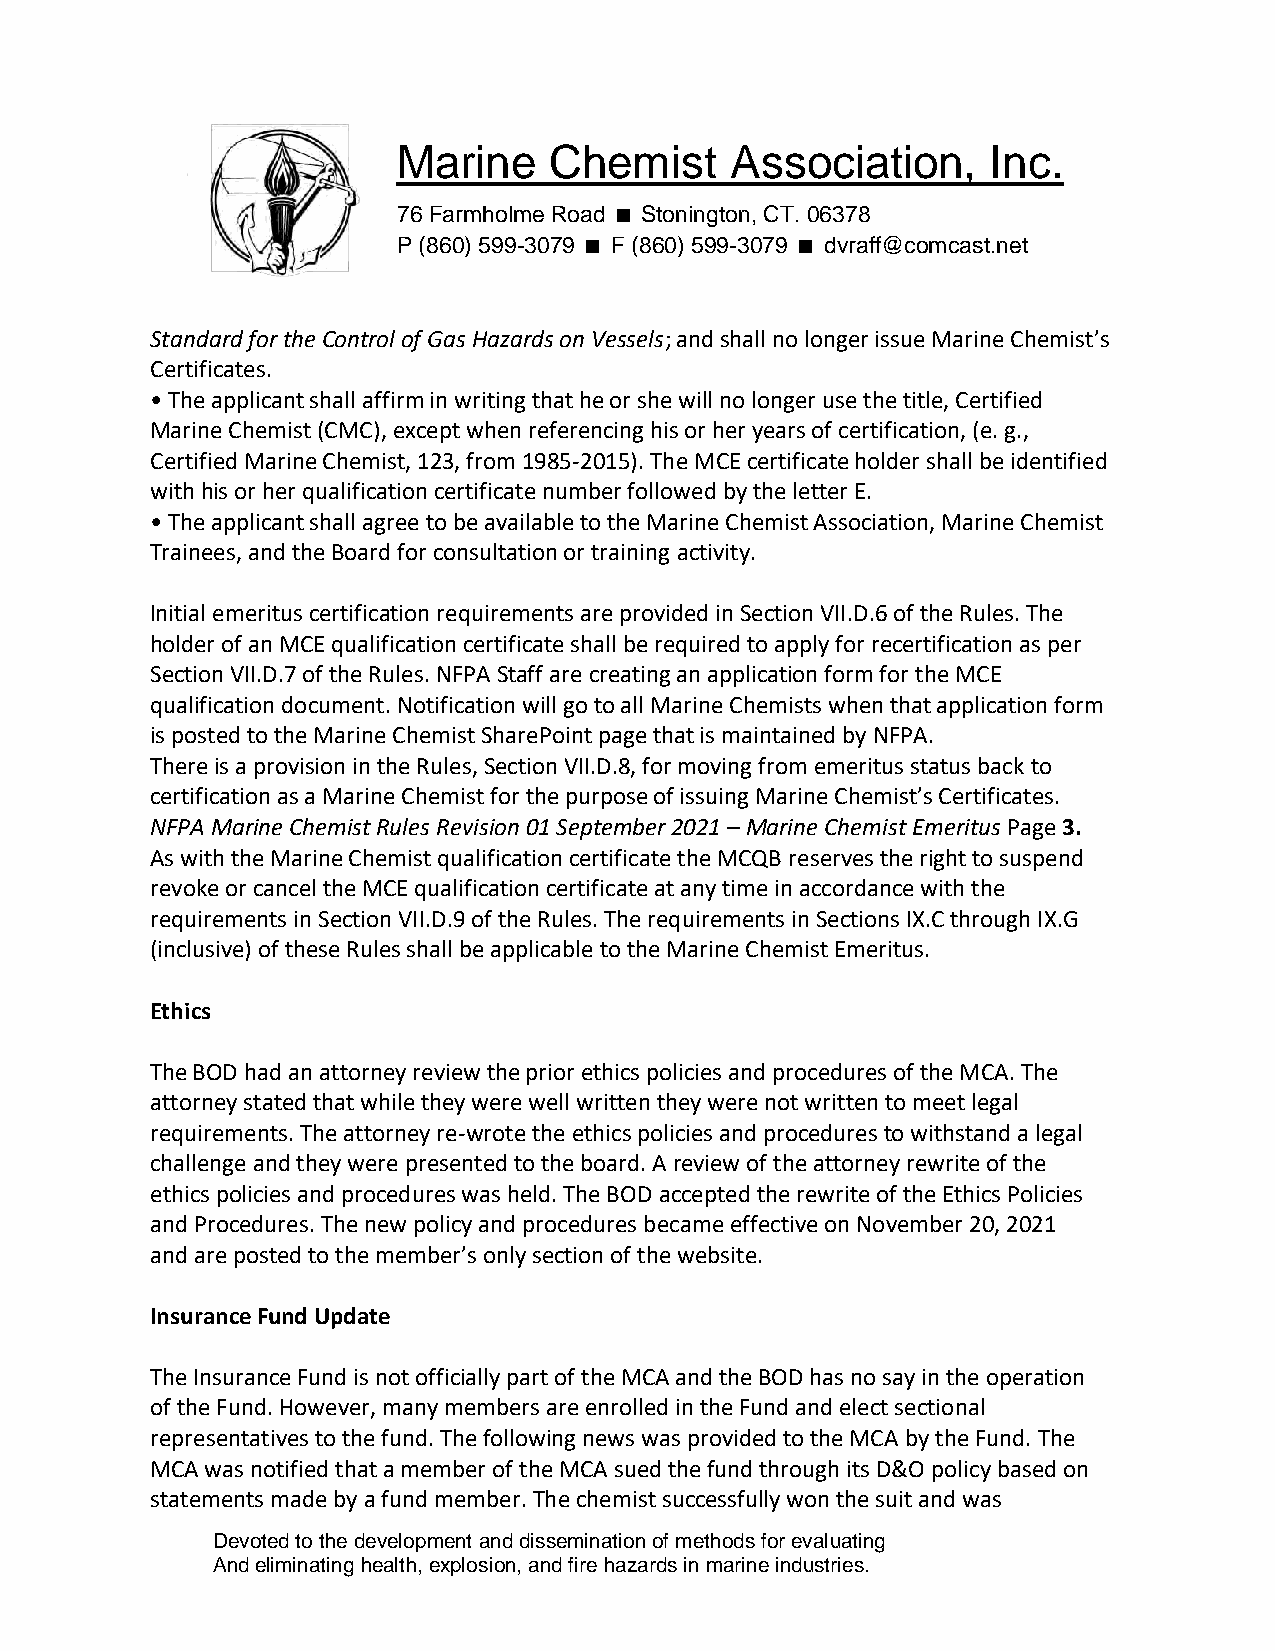
Marine    Chemist     Association,      Inc.
 76 Farmholme Road Stonington, CT. 06378
 P (860) 599-3079 F (860) 599-3079 dvraff@comcast.net
 Standard for the Control of Gas Hazards on Vessels; and shall no longer issue Marine Chemist’s
 Certificates.
 • The applicant shall affirm in writing that he or she will no longer use the title, Certified
 Marine Chemist (CMC), except when referencing his or her years of certification, (e. g.,
 Certified Marine Chemist, 123, from 1985-2015). The MCE certificate holder shall be identified
 with his or her qualification certificate number followed by the letter E.
 • The applicant shall agree to be available to the Marine Chemist Association, Marine Chemist
 Trainees, and the Board for consultation or training activity.
 Initial emeritus certification requirements are provided in Section VII.D.6 of the Rules. The
 holder of an MCE qualification certificate shall be required to apply for recertification as per
 Section VII.D.7 of the Rules. NFPA Staff are creating an application form for the MCE
 qualification document. Notification will go to all Marine Chemists when that application form
 is posted to the Marine Chemist SharePoint page that is maintained by NFPA.
 There is a provision in the Rules, Section VII.D.8, for moving from emeritus status back to
 certification as a Marine Chemist for the purpose of issuing Marine Chemist’s Certificates.
 NFPA Marine Chemist Rules Revision 01 September 2021 – Marine Chemist Emeritus Page 3.
 As with the Marine Chemist qualification certificate the MCQB reserves the right to suspend
 revoke or cancel the MCE qualification certificate at any time in accordance with the
 requirements in Section VII.D.9 of the Rules. The requirements in Sections IX.C through IX.G
 (inclusive) of these Rules shall be applicable to the Marine Chemist Emeritus.
 Ethics
 The BOD had an attorney review the prior ethics policies and procedures of the MCA. The
 attorney stated that while they were well written they were not written to meet legal
 requirements. The attorney re-wrote the ethics policies and procedures to withstand a legal
 challenge and they were presented to the board. A review of the attorney rewrite of the
 ethics policies and procedures was held. The BOD accepted the rewrite of the Ethics Policies
 and Procedures. The new policy and procedures became effective on November 20, 2021
 and are posted to the member’s only section of the website.
 Insurance Fund Update
 The Insurance Fund is not officially part of the MCA and the BOD has no say in the operation
 of the Fund. However, many members are enrolled in the Fund and elect sectional
 representatives to the fund. The following news was provided to the MCA by the Fund. The
 MCA was notified that a member of the MCA sued the fund through its D&O policy based on
 statements made by a fund member. The chemist successfully won the suit and was
 Devoted to the development and dissemination of methods for evaluating
 And eliminating health, explosion, and fire hazards in marine industries.